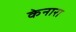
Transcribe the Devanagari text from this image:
केनारा